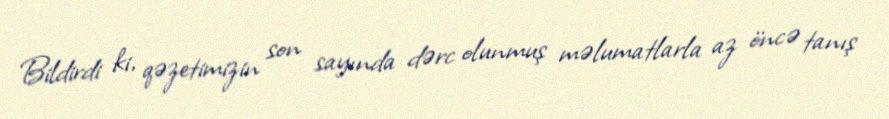
Bildirdi ki, qəzetimizin son sayında dərc olunmuş məlumatlarla az öncə tanış